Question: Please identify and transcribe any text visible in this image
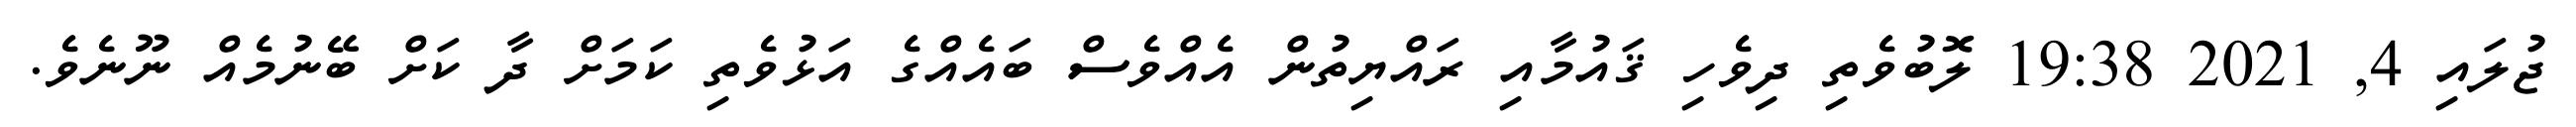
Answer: ޖުލައި 4, 2021 19:38 ލޮބުވެތި ދިވެހި ޤައުމާއި ރައްޔިތުން އެއްވެސް ބައެއްގެ އަޅުވެތި ކަމަށް ދާ ކަށް ބޭނުމެއް ނޫނެވެ.